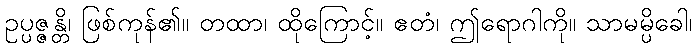
ဥပ္ပဇ္ဇန္တိ၊ ဖြစ်ကုန်၏။ တထာ၊ ထိုကြောင့်။ ဧတံ၊ ဤရောဂါကို။ သာမမ္ပိခေါ၊